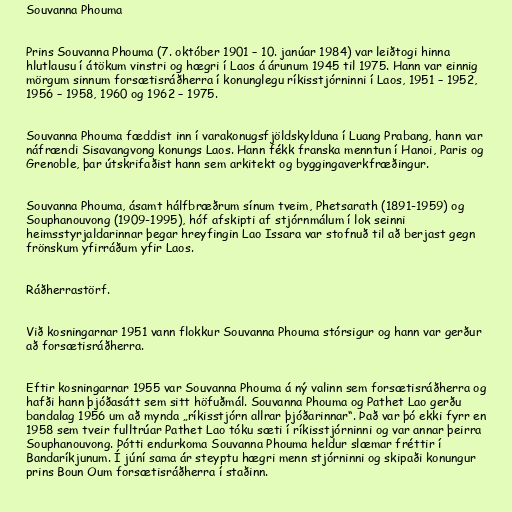
Souvanna Phouma

Prins Souvanna Phouma (7. október 1901 – 10. janúar 1984) var leiðtogi hinna
hlutlausu í átökum vinstri og hægri í Laos á árunum 1945 til 1975. Hann var einnig
mörgum sinnum forsætisráðherra í konunglegu ríkisstjórninni í Laos, 1951 – 1952,
1956 – 1958, 1960 og 1962 – 1975.

Souvanna Phouma fæddist inn í varakonugsfjöldskylduna í Luang Prabang, hann var
náfrændi Sisavangvong konungs Laos. Hann fékk franska menntun í Hanoi, Paris og
Grenoble, þar útskrifaðist hann sem arkitekt og byggingaverkfræðingur.

Souvanna Phouma, ásamt hálfbræðrum sínum tveim, Phetsarath (1891-1959) og
Souphanouvong (1909-1995), hóf afskipti af stjórnmálum í lok seinni
heimsstyrjaldarinnar þegar hreyfingin Lao Issara var stofnuð til að berjast gegn
frönskum yfirráðum yfir Laos.

Ráðherrastörf.

Við kosningarnar 1951 vann flokkur Souvanna Phouma stórsigur og hann var gerður
að forsætisráðherra.

Eftir kosningarnar 1955 var Souvanna Phouma á ný valinn sem forsætisráðherra og
hafði hann þjóðasátt sem sitt höfuðmál. Souvanna Phouma og Pathet Lao gerðu
bandalag 1956 um að mynda „ríkisstjórn allrar þjóðarinnar“. Það var þó ekki fyrr en
1958 sem tveir fulltrúar Pathet Lao tóku sæti í ríkisstjórninni og var annar þeirra
Souphanouvong. Þótti endurkoma Souvanna Phouma heldur slæmar fréttir í
Bandaríkjunum. Í júní sama ár steyptu hægri menn stjórninni og skipaði konungur
prins Boun Oum forsætisráðherra í staðinn.